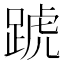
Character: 𨂜